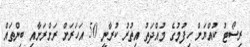
ރިސޯޓު ކުއްޔަށް ހިފުމުގެ މުއްދަތު އިތުރު ކުރާނީ 50 އަހަރަށް ރަށްރަށާއި ބިންތައް